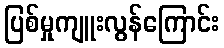
ပြစ်မှုကျူးလွန်ကြောင်း